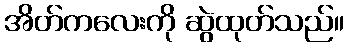
အိတ်ကလေးကို ဆွဲထုတ်သည်။